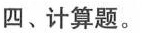
四、计算题。